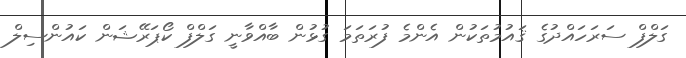
ގަލްފް ސަރަހައްދުގެ ޤައުމުތަކުން އެންމެ ފުރަތަމަ ގުޅުން ބާއްވާނީ ގަލްފް ކޯޕަރޭޝަން ކައުންސިލް